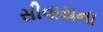
સીવાયના